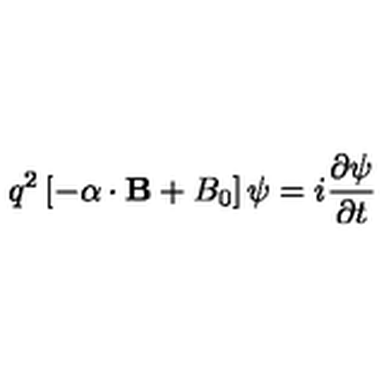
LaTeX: q ^ { 2 } \left[ - \mathrm { \boldmath \alpha } \cdot { \bf B } + B _ { 0 } \right] \psi = i \frac { \partial \psi } { \partial t }